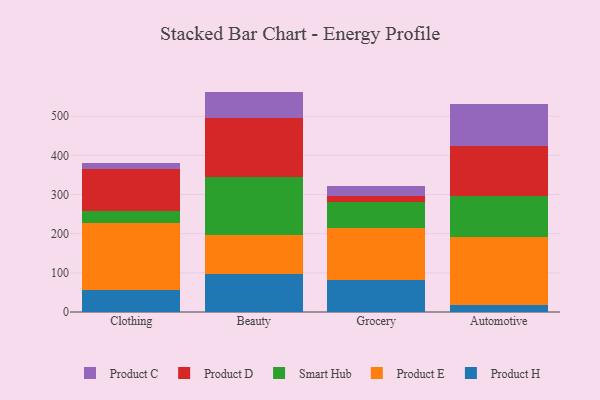
{"axis": {"x": "Category", "y": "Budget (USD K)"}, "legend": ["Product C", "Product D", "Product E", "Product H", "Smart Hub"], "data": [{"x": "Clothing", "y": 55.1, "type": "Product H"}, {"x": "Clothing", "y": 171.7, "type": "Product E"}, {"x": "Clothing", "y": 31.1, "type": "Smart Hub"}, {"x": "Clothing", "y": 106.0, "type": "Product D"}, {"x": "Clothing", "y": 17.1, "type": "Product C"}, {"x": "Beauty", "y": 97.3, "type": "Product H"}, {"x": "Beauty", "y": 100.5, "type": "Product E"}, {"x": "Beauty", "y": 145.8, "type": "Smart Hub"}, {"x": "Beauty", "y": 153.0, "type": "Product D"}, {"x": "Beauty", "y": 66.2, "type": "Product C"}, {"x": "Grocery", "y": 81.3, "type": "Product H"}, {"x": "Grocery", "y": 132.6, "type": "Product E"}, {"x": "Grocery", "y": 67.4, "type": "Smart Hub"}, {"x": "Grocery", "y": 14.2, "type": "Product D"}, {"x": "Grocery", "y": 26.3, "type": "Product C"}, {"x": "Automotive", "y": 18.2, "type": "Product H"}, {"x": "Automotive", "y": 172.6, "type": "Product E"}, {"x": "Automotive", "y": 106.0, "type": "Smart Hub"}, {"x": "Automotive", "y": 127.2, "type": "Product D"}, {"x": "Automotive", "y": 105.9, "type": "Product C"}]}